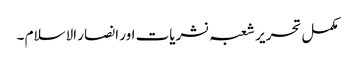
مکمل تحریر شعبہ نشریات اور انصار الاسلام ۔